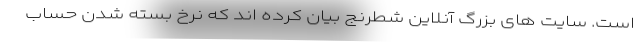
است. سایت های بزرگ آنلاین شطرنج بیان کرده اند که نرخ بسته شدن حساب